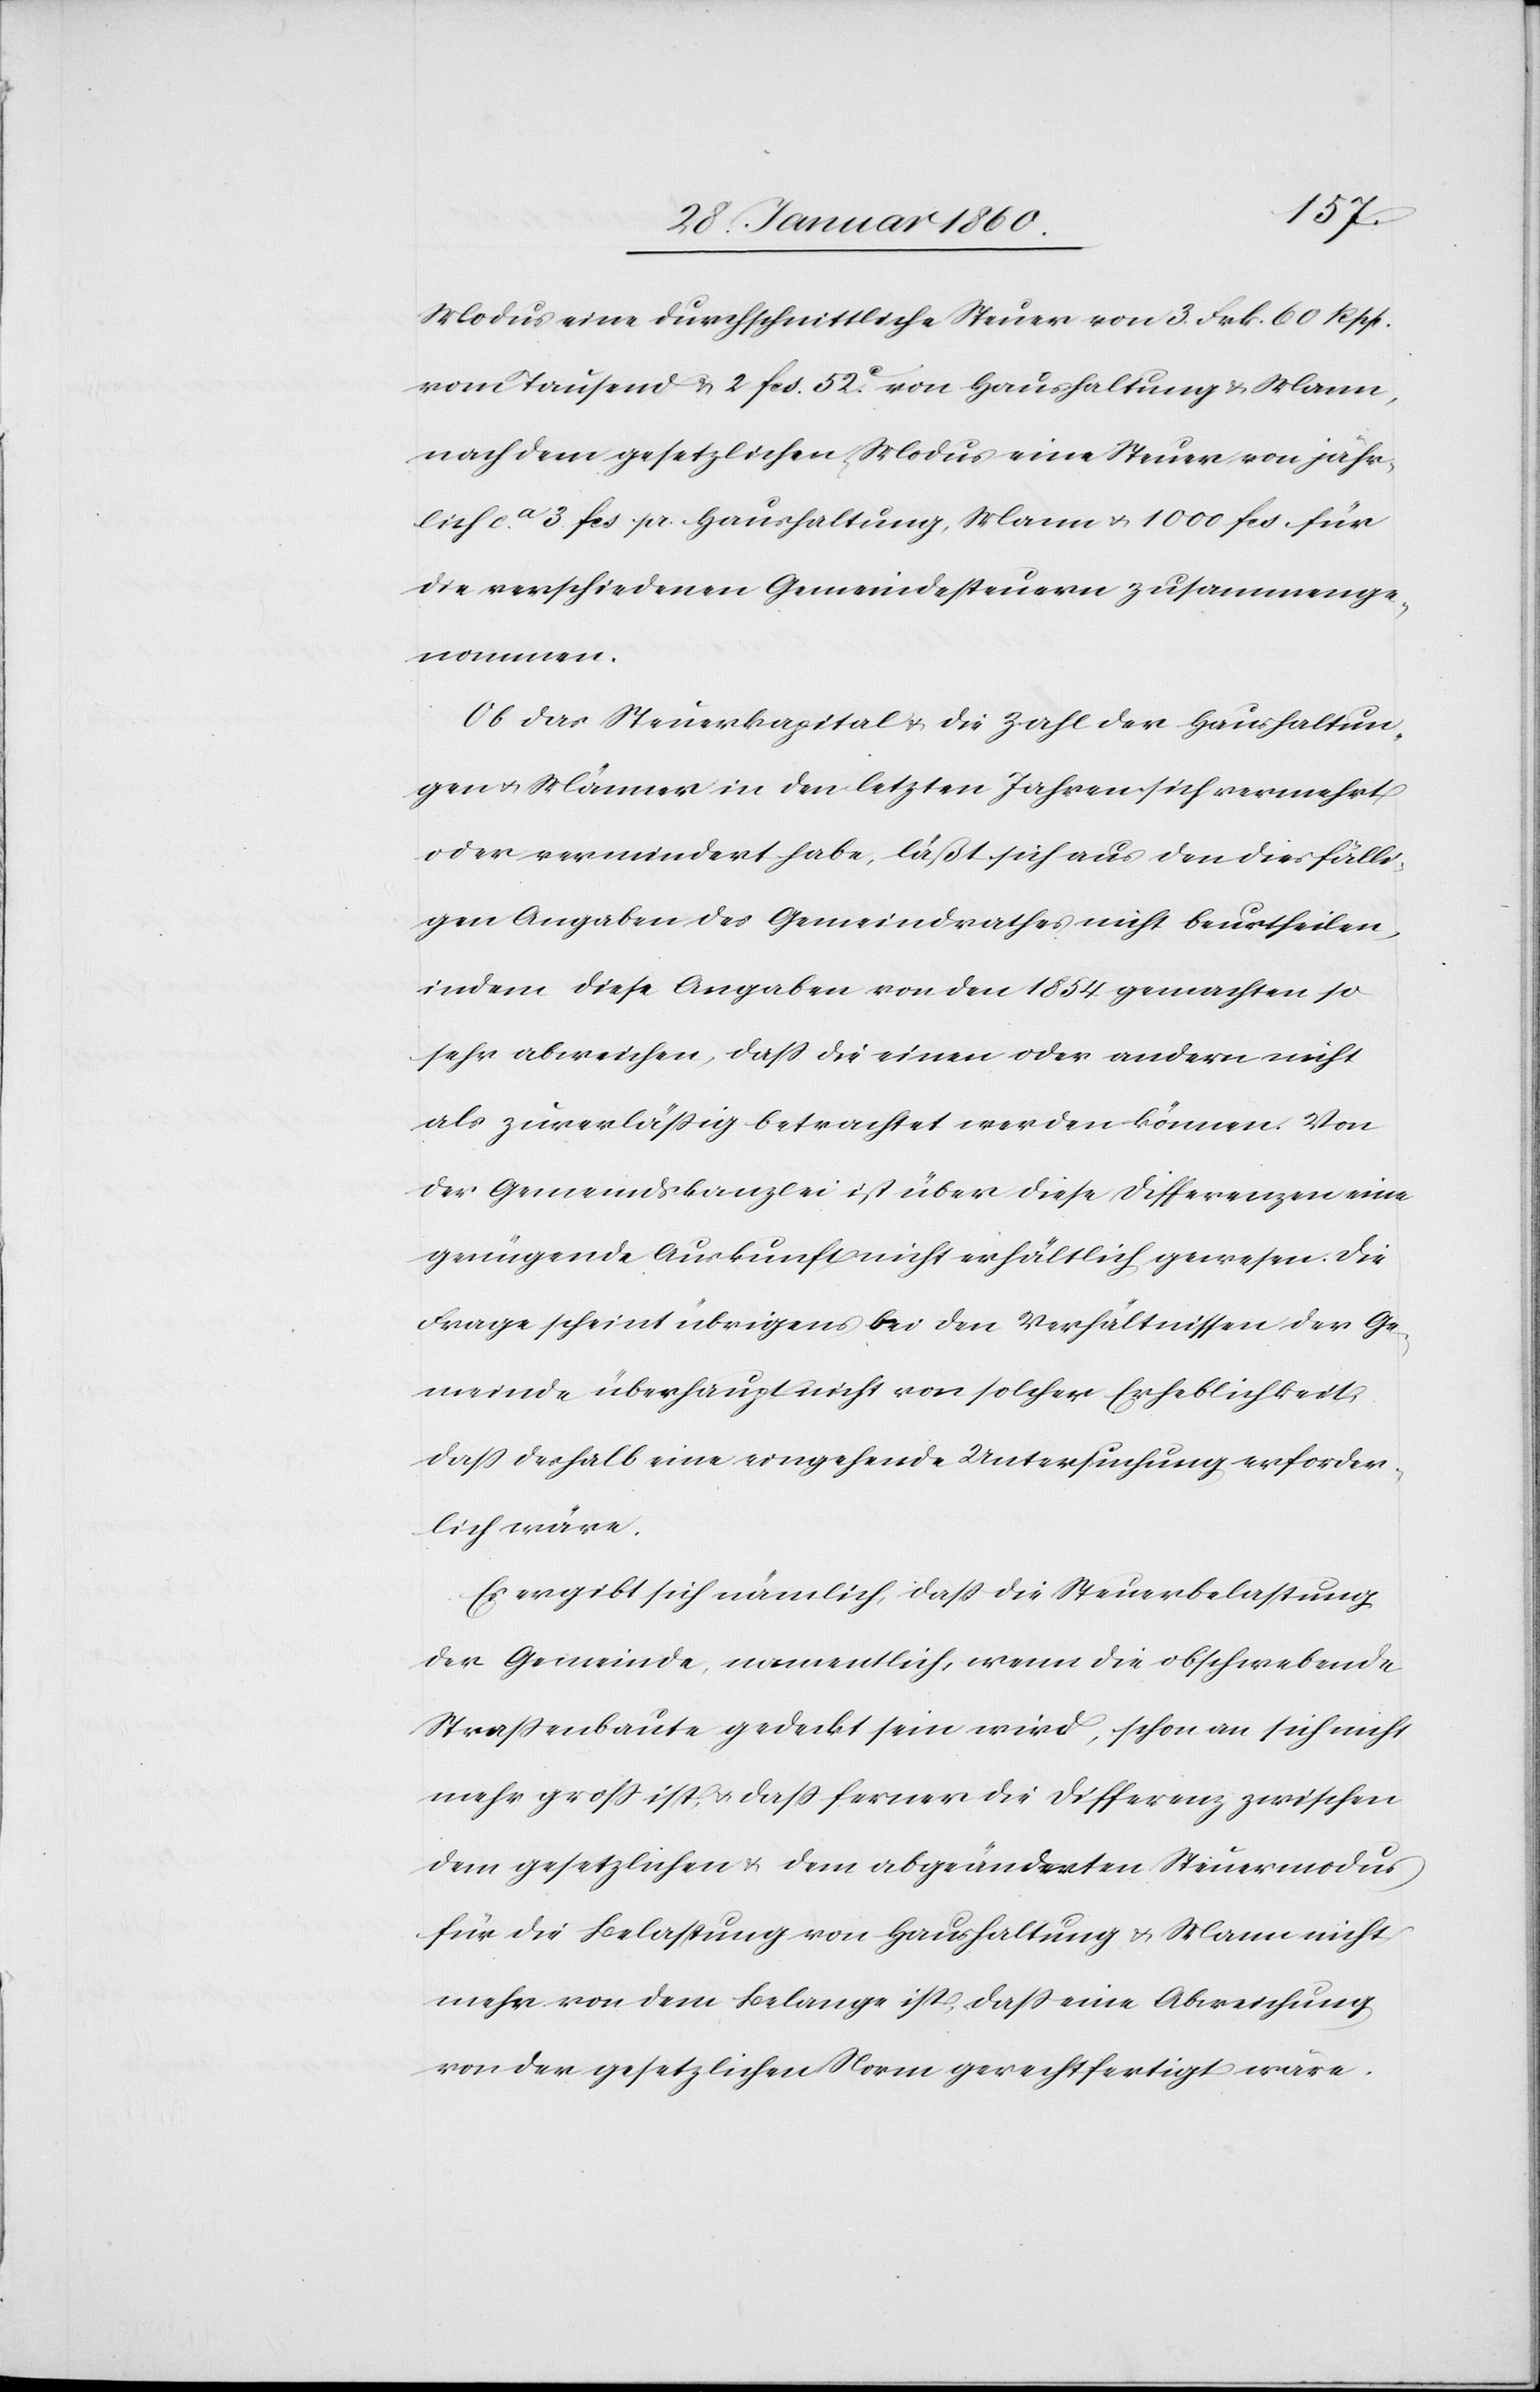
Modus eine durchschnittliche Steuer von 3.Frk. 60. Rpp.
vom Tausend u. 2. fcs. 52C von Haushaltung u. Mann,
nach dem gesetzlichen Modus eine Steuer von jähr¬
lich ca 3. fcs. pr. Haushaltung, Mann u. 1000 fcs. für
die verschiedenen Gemeindesteuern zusammenge¬
nommen.
Ob das Steuerkapital u. die Zahl der Haushaltun¬
gen u. Männer in den letzten Jahren sich vermehrt
oder vermindert habe, läßt sich aus den diesfälli¬
gen Angaben des Gemeindrathes nicht beurtheilen,
indem diese Angaben von den 1854 gemachten so
sehr abweiche, dass die einen oder andern nicht
als zuverlässig betrachtet werden können. Von
der Gemeindskanzlei ist über diese Differenzen eine
genügende Auskunft nicht erhältlich gewesen. Die
Frage scheint übrigens bei den Verhältnissen der Ge¬
meinde überhaupt nicht von solcher Erheblichkeit,
dass deshalb eine eingehende Untersuchung erforder¬
lich wäre.
Es ergibt sich nämlich, dass die Steuerbelastung
der Gemeinde namentlich, wenn die obschwebende
Strassenbaute gedeckt sein wird, schon an sich nicht
mehr gross ist u. dass ferner die Differenz zwischen
dem gesetzlichen u. dem abgeänderten Steuermodus
für die Belastung von Haushaltung u. Mann nicht
mehr von dem Belange ist, dass eine Abweichung
von der gesetzlichen Norm gerechtfertigt wäre.